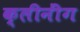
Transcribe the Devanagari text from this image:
क्लीनींग